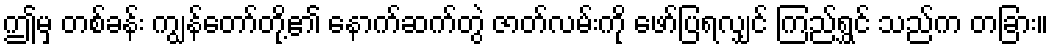
ဤမှ တစ်ခန်း ကျွန်တော်တို့၏ နောက်ဆက်တွဲ ဇာတ်လမ်းကို ဖော်ပြရလျှင် ကြည်ရွှင် သည်က တခြား။